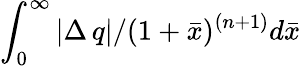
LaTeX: \int_{0}^{\infty}|\Delta\, q|/(1+\bar{x})^{(n+1)}d\bar{x}